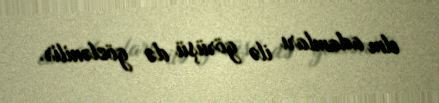
elm adamları ilə görüşü də gözlənilir.